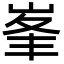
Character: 峯